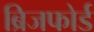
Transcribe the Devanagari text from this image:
ब्रिजफोर्ड